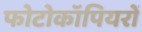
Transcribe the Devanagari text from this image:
फोटोकॉपियरों